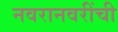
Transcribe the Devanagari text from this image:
नवरानवरींची